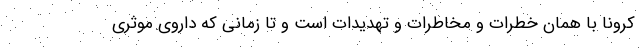
کرونا با همان خطرات و مخاطرات و تهدیدات است و تا زمانی که داروی موثری